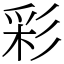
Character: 彩